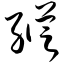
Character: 纵